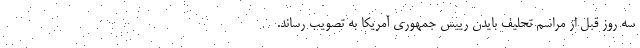
سه روز قبل از مراسم تحلیف بایدن رییس جمهوری آمریکا به تصویب رساند.